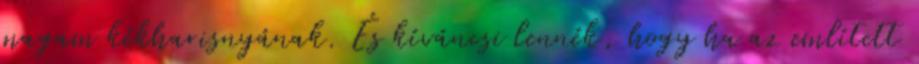
magam kékharisnyának. És kíváncsi lennék, hogy ha az említett